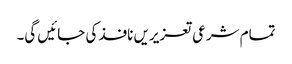
تمام شرعی تعزیریں نافذ کی جائیں گی۔